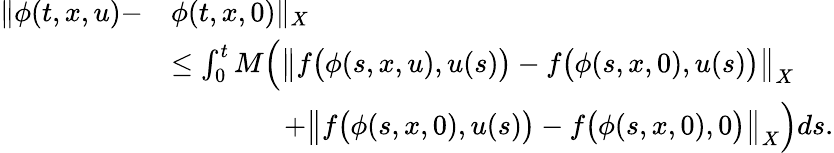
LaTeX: \begin{array}{rl}{\| \phi(t,x,u)-}&{\phi(t,x,0)\| _{X}}\\ &{\leq\int_{0}^{t}M\Big(\big\| f\big(\phi(s,x,u),u(s)\big)-f\big(\phi(s,x,0),u(s)\big)\big\| _{X}}\\ &{\qquad\qquad+\big\| f\big(\phi(s,x,0),u(s)\big)-f\big(\phi(s,x,0),0\big)\big\| _{X}\Big)ds.}\end{array}